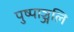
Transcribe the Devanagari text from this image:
पुष्पाञ्जलि